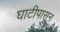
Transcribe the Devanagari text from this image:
घाटीपासून